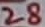
Text: 28